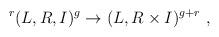
LaTeX: \begin{align*}\ ^r (L,R,I)^g \to (L,R\times I)^{g+r}\ ,\end{align*}